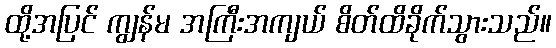
ထို့အပြင် ကျွန်မ အကြီးအကျယ် စိတ်ထိခိုက်သွားသည်။